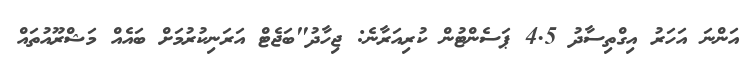
އަންނަ އަހަރު އިގްތިސާދު 4.5 ޕަސެންޓުން ކުރިއަރާނެ: ޖިހާދު"ބަޖެޓް އަރަނިކުރުމަށް ބައެއް މަޝްރޫއުތައް